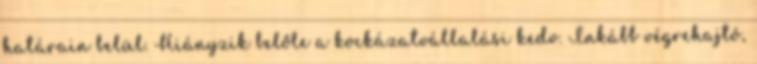
határain belül. Hiányzik belőle a kockázatvállalási kedv. Inkább végrehajtó,